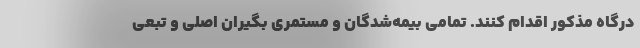
درگاه مذکور اقدام کنند. تمامی بیمه‌شدگان و مستمری بگیران اصلی و تبعی